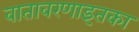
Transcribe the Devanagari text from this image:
वातावरणाइतका